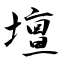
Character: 壇